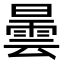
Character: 曇